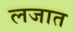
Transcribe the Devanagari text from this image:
लजात